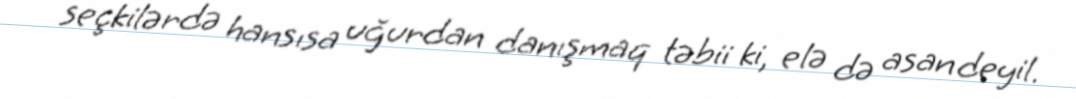
seçkilərdə hansısa uğurdan danışmaq təbii ki, elə də asan deyil.